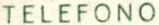
TELEFONO